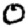
Digit: 0